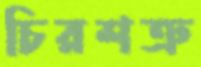
চিরশত্রু